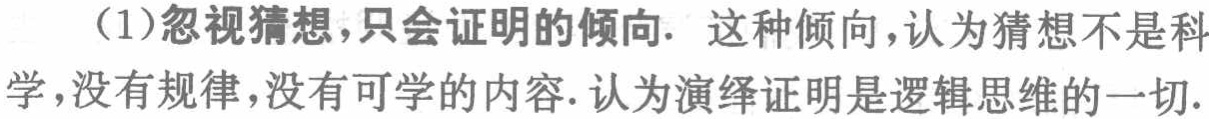
（1）忽视猜想，只会证明的倾向. 这种倾向，认为猜想不是科学，没有规律，没有可学的内容. 认为演绎证明是逻辑思维的一切.